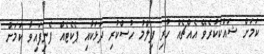
ކަމަށް ޝައްކުކުރެވޭ އެއްޗެއް ހުރި ފިލްމު ހުސްކުރި ދަޅަކާއި ޕެކެޓެއް ފެނިފައިވާ ކަމަށް